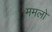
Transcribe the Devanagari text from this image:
ममलो